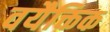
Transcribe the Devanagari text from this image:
वयैक्तिक